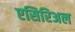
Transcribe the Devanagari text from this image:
एसिरिअल